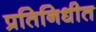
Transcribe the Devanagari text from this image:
प्रतिनिधीत